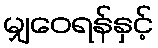
မျှဝေရန်နှင့်